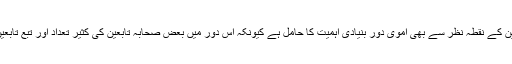
حدیث کی تدوین کے نقطہ نظر سے بھی اموی دور بنیادی اہمیت کا حامل ہے کیونکہ اس دور میں بعض صحابہ تابعین کی کثیر تعداد اور تبع تابعین موجود تھے۔